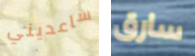
ساعديني سارق